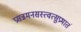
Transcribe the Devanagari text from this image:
प्रसन्नमनसस्त्वत्सुप्रभातं